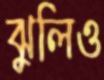
ঝুলিও